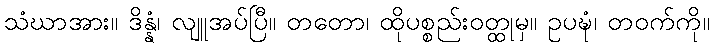
သံဃာအား။ ဒိန္နံ၊ လျူအပ်ပြီ။ တတော၊ ထိုပစ္စည်းဝတ္ထုမှ။ ဥပဍ္ဎံ၊ တဝက်ကို။